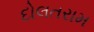
દોલતરામ